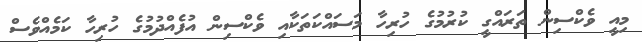
މިއީ ވެކްސިން ތަރައްގީ ކުރުމުގެ ހުރިހާ މަސައްކަތަކާއި ވެކްސިން އުފެއްދުމުގެ ހުރިހާ ކަމެއްވެސް